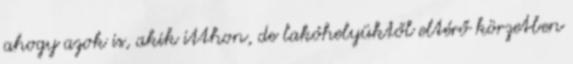
ahogy azok is, akik itthon, de lakóhelyüktől eltérő körzetben